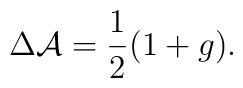
\Delta {\cal A}=\frac{1}{2}(1+g).